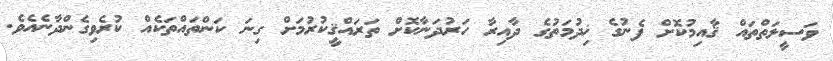
ވަސީލަތްތައް ޤާއިމުކޮށް ފެނުގެ ޚިދުމަތުގެ ދާއިރާ ހަރުދަނާކޮށް ތަރައްޤީކުރުމަށް ގިނަ ކަންތައްތަކެއް ކުރެވިގެންދާނެއެވެ.